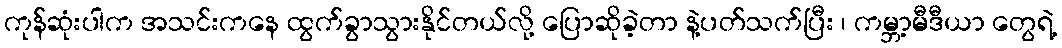
ကုန်ဆုံးပါက အသင်းကနေ ထွက်ခွာသွားနိုင်တယ်လို့ ပြောဆိုခဲ့တာ နဲ့ပတ်သက်ပြီး ၊ ကမ္ဘာ့မီဒီယာ တွေရဲ့